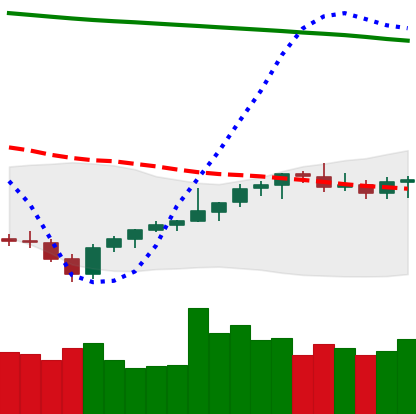
Ticker: LTC-USD
Chart end date: 2021-08-05
Forward return: 15.355%
Label: up_7plus